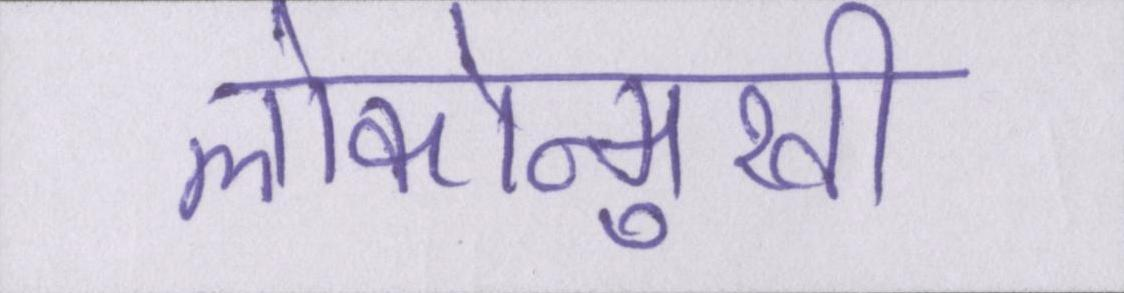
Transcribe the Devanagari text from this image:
लोकोन्मुखी